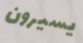
يسيرون